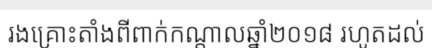
រងគ្រោះតាំងពីពាក់កណ្តាលឆ្នាំ២០១៨ រហូតដល់